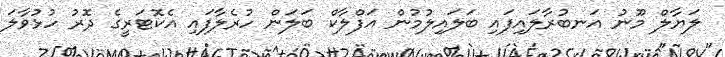
ލަޔާލް މޫނު އަނބުރާލައިފައި ބަލައިލުމުން އަފްލާކް ބަލަން ހުރެލާފައި އެކޮޓަރީގެ ދޮރު ހުޅުވާލަ